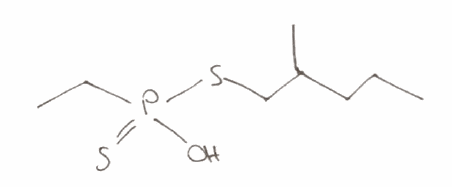
Simplified molecular-input line-entry system (SMILES) notation of the given molecule:
CCCC(C)CSP(=S)(CC)O